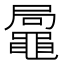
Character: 𪓩